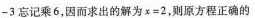
-3忘记乘6，因而求出的解为$$x = 2$$，则原方程正确的